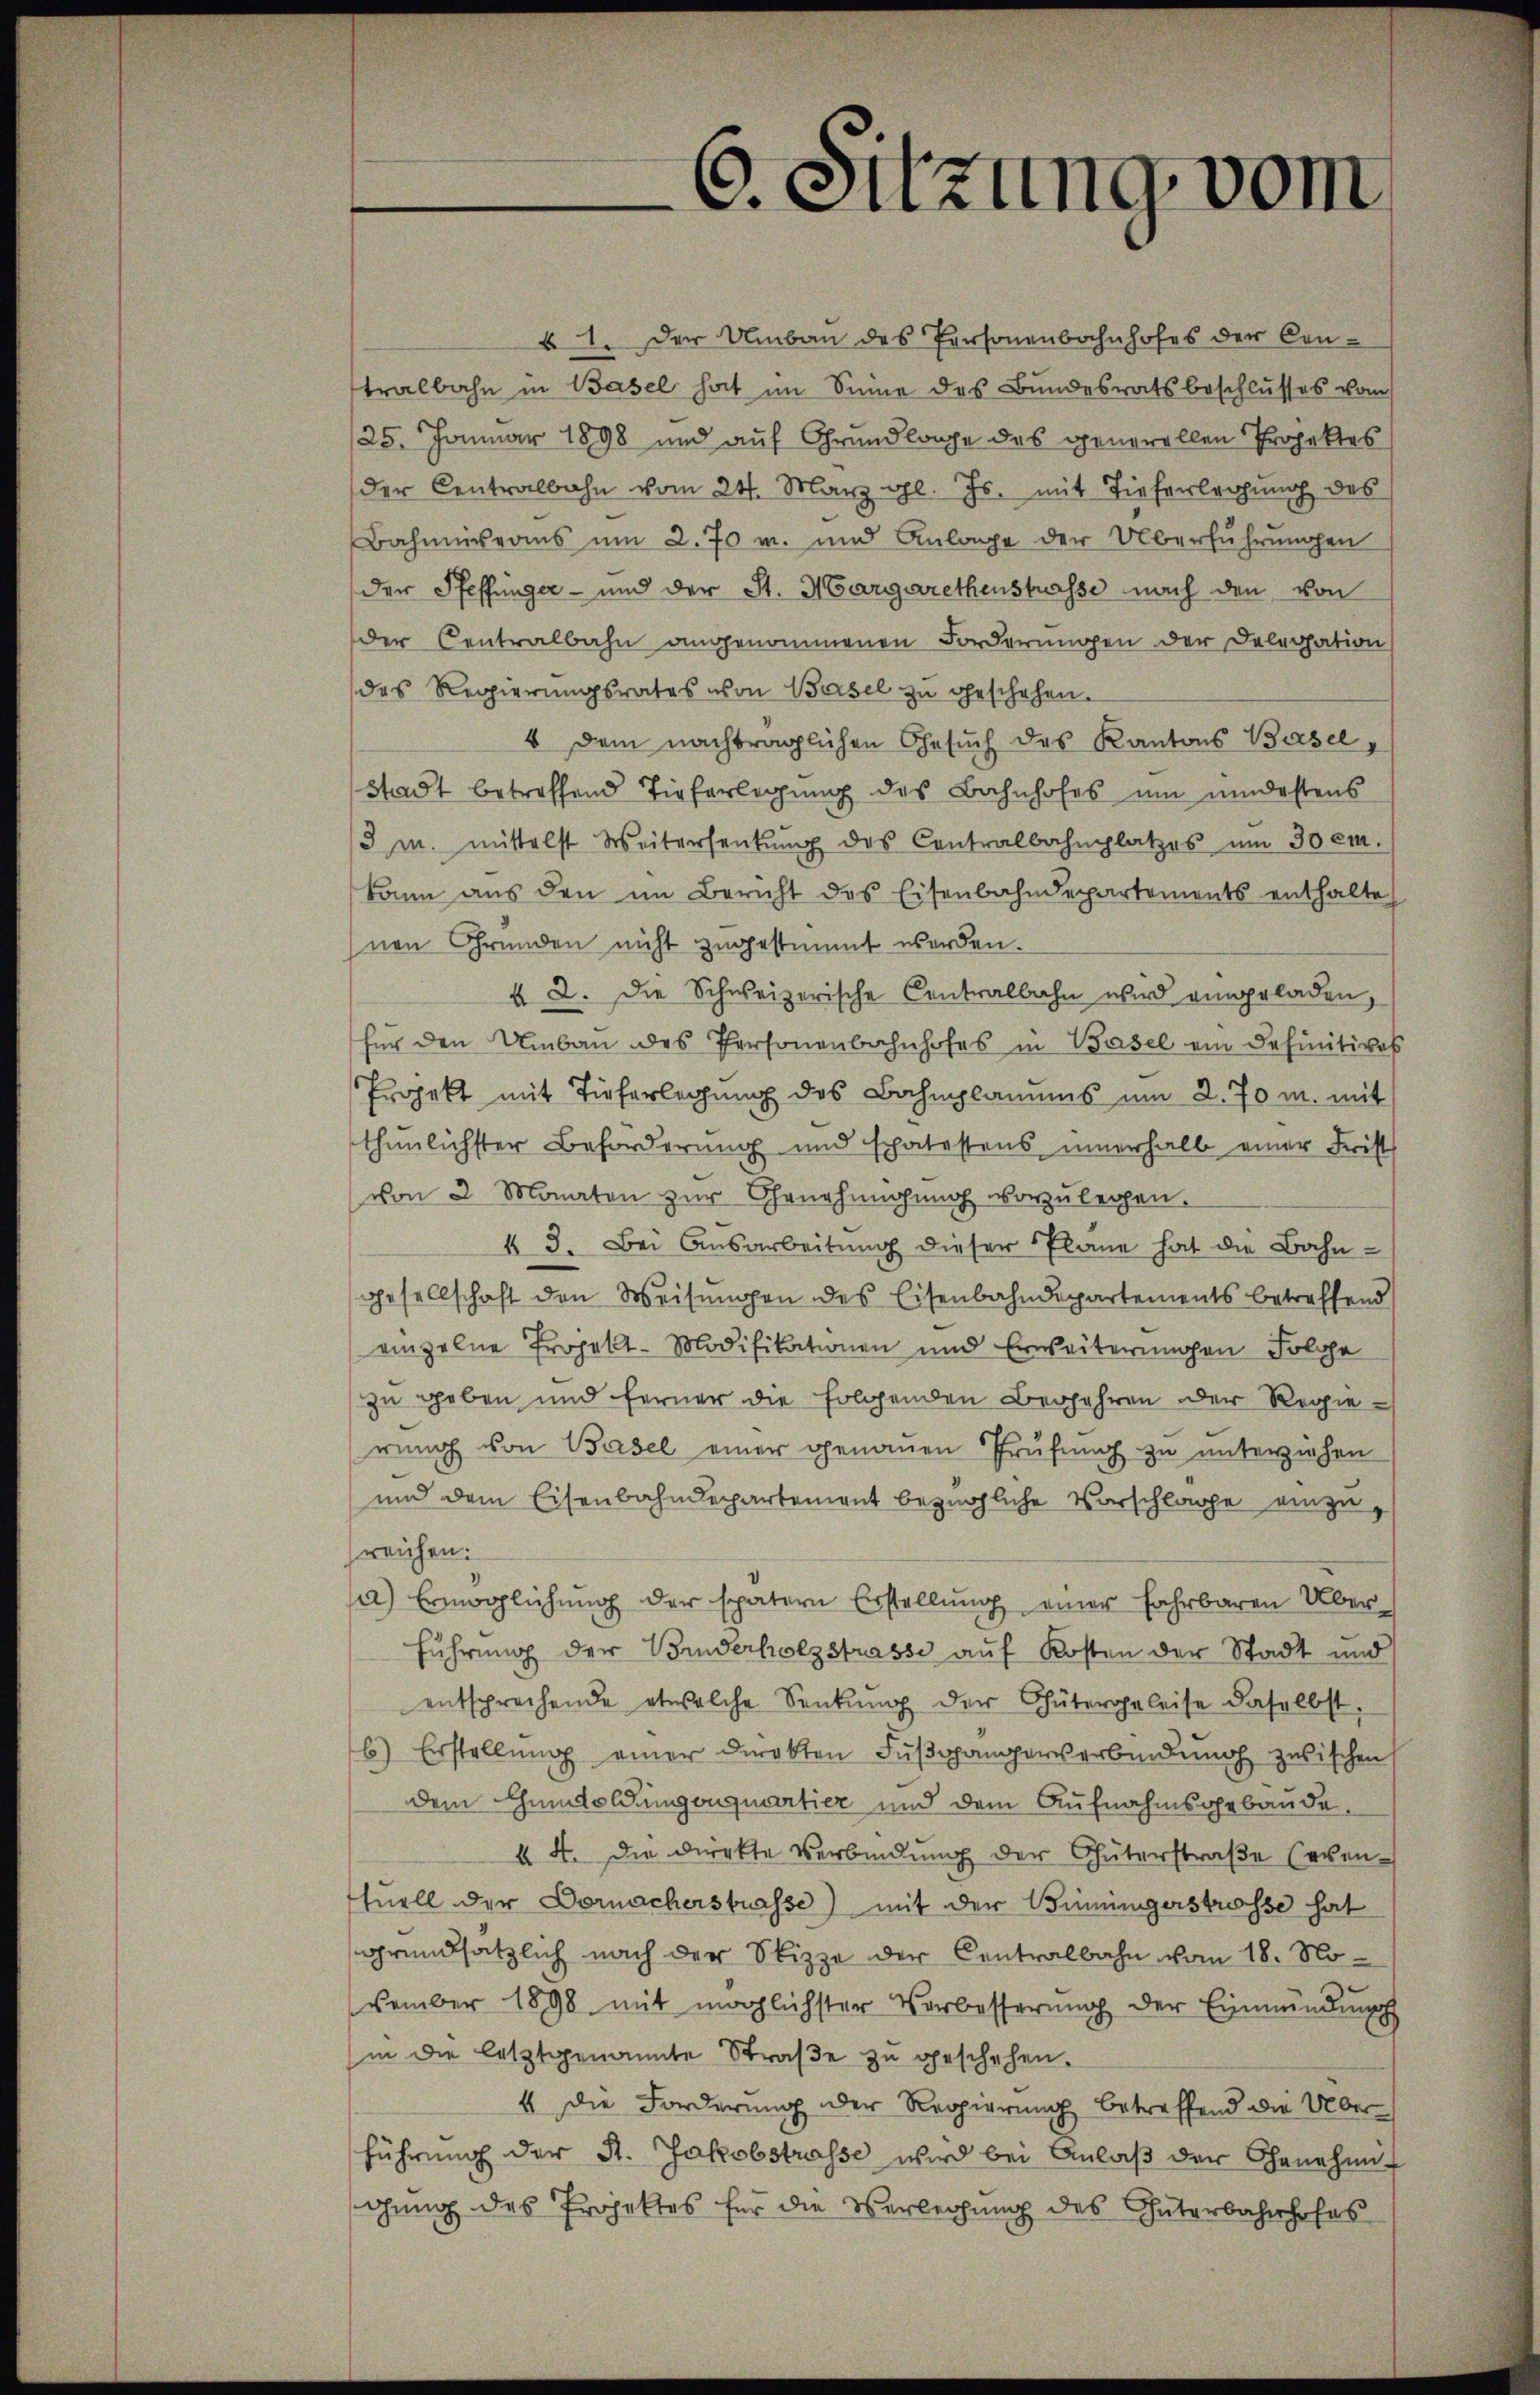
§ 1. Der Umbau des Personenbahnhofes der Contralbahn in Basel hat im Sinne des Bundesratsbeschlusses vom
25. Januar 1898 und auf Grundlage des generallen Projektes
der Centralbahn vom 24. März l. Js. mit Tieferleihung des
Bahmnisvomus um 2.70 u. und Anlage der Überführungen
der Pfeffunger- und der St. Margarethenstrasse nach den von
der Centralbahn angenommenen Forderungen der Delegation
des Regierŭngsrates von Basel zŭ geschehen.
4 Dem nachträglichen Gesuch des Kantons Basel,
Stadt betreffend Tieferlegung des Bahnhofes um undestens
3 m. mittelst Weiterseitŭng des Contralbahnplatzes um 30 cm.
kann aus den im Bericht des Eisenbahndepartements enthalte
nen Gründen nicht zugestimmt werden.
§ 2. Die Schweizerische Centralbahn wird eingeladen,
für den Umbaŭ des Personenbahnhofes in Basel ein Definitives
Projekt mit Tieferlegung des Bahnplanums um 2. 70 m. mit
thunlichster Beförderung und schatestens innerhalb einer Frist
von 2 Monaten zur Genehmigung vorzulegen.
§ 3. Bei Ausarbeitung dieser Plane hat die Bahn-
gesellschaft den Weisungen des Eisenbahndepartements betreffend
einzelne Projekt-Modifikationen und Erweiterungen Folge
zu geben und ferner die folgenden Begehren der Regierung von Basel einer genauen Prüfung zu unterziehen
und dem Eisenbahndepartement bezügliche Vorschlage einzu
sreichen.
) Ermöglichung der spätern Erstellung einer Fahrbaren Überführung der Bruderholzstrasse auf Kosten der Stadt und
entsprechende etwelche Senkung der Gütergeleise daselbst
6) Erstellung einer Direkten Fußgängerverbindung zwischen
dem Chimdolungenquartier und dem Aufnahmsgebäude
44. Die Direkte Verbindung der Güterstraße (eventuell der Dornacherstrasse) mit der Bonningerstrasse hat
grundsätzlich nach der Skizze der Centralbahn vom 18. November 1898 mit möglichster Verbesserŭng der Einmündŭngs
in die letztgenannte Straβe zŭ geschehen.
4 die Forderung der Regierung betreffend die Überführung der St. Jakobstrasse wird bei Anlaβ der Genehmigung des Projektes für die Verlegung des Interbahnhofes

6. Sitzung vom